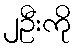
၂ဦးကို